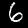
Label: 6